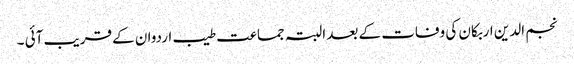
نجم الدین اربکان کی وفات کے بعد البتہ جماعت طیب اردوان کے قریب آئی ۔